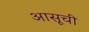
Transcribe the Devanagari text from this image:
आसूची